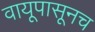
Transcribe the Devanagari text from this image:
वायूपासूनच